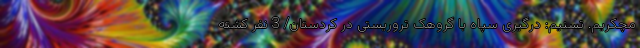
مچکریم. تسنیم: درگیری سپاه با گروهک تروریستی در کردستان/ 3 نفر کشته